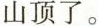
山顶了。